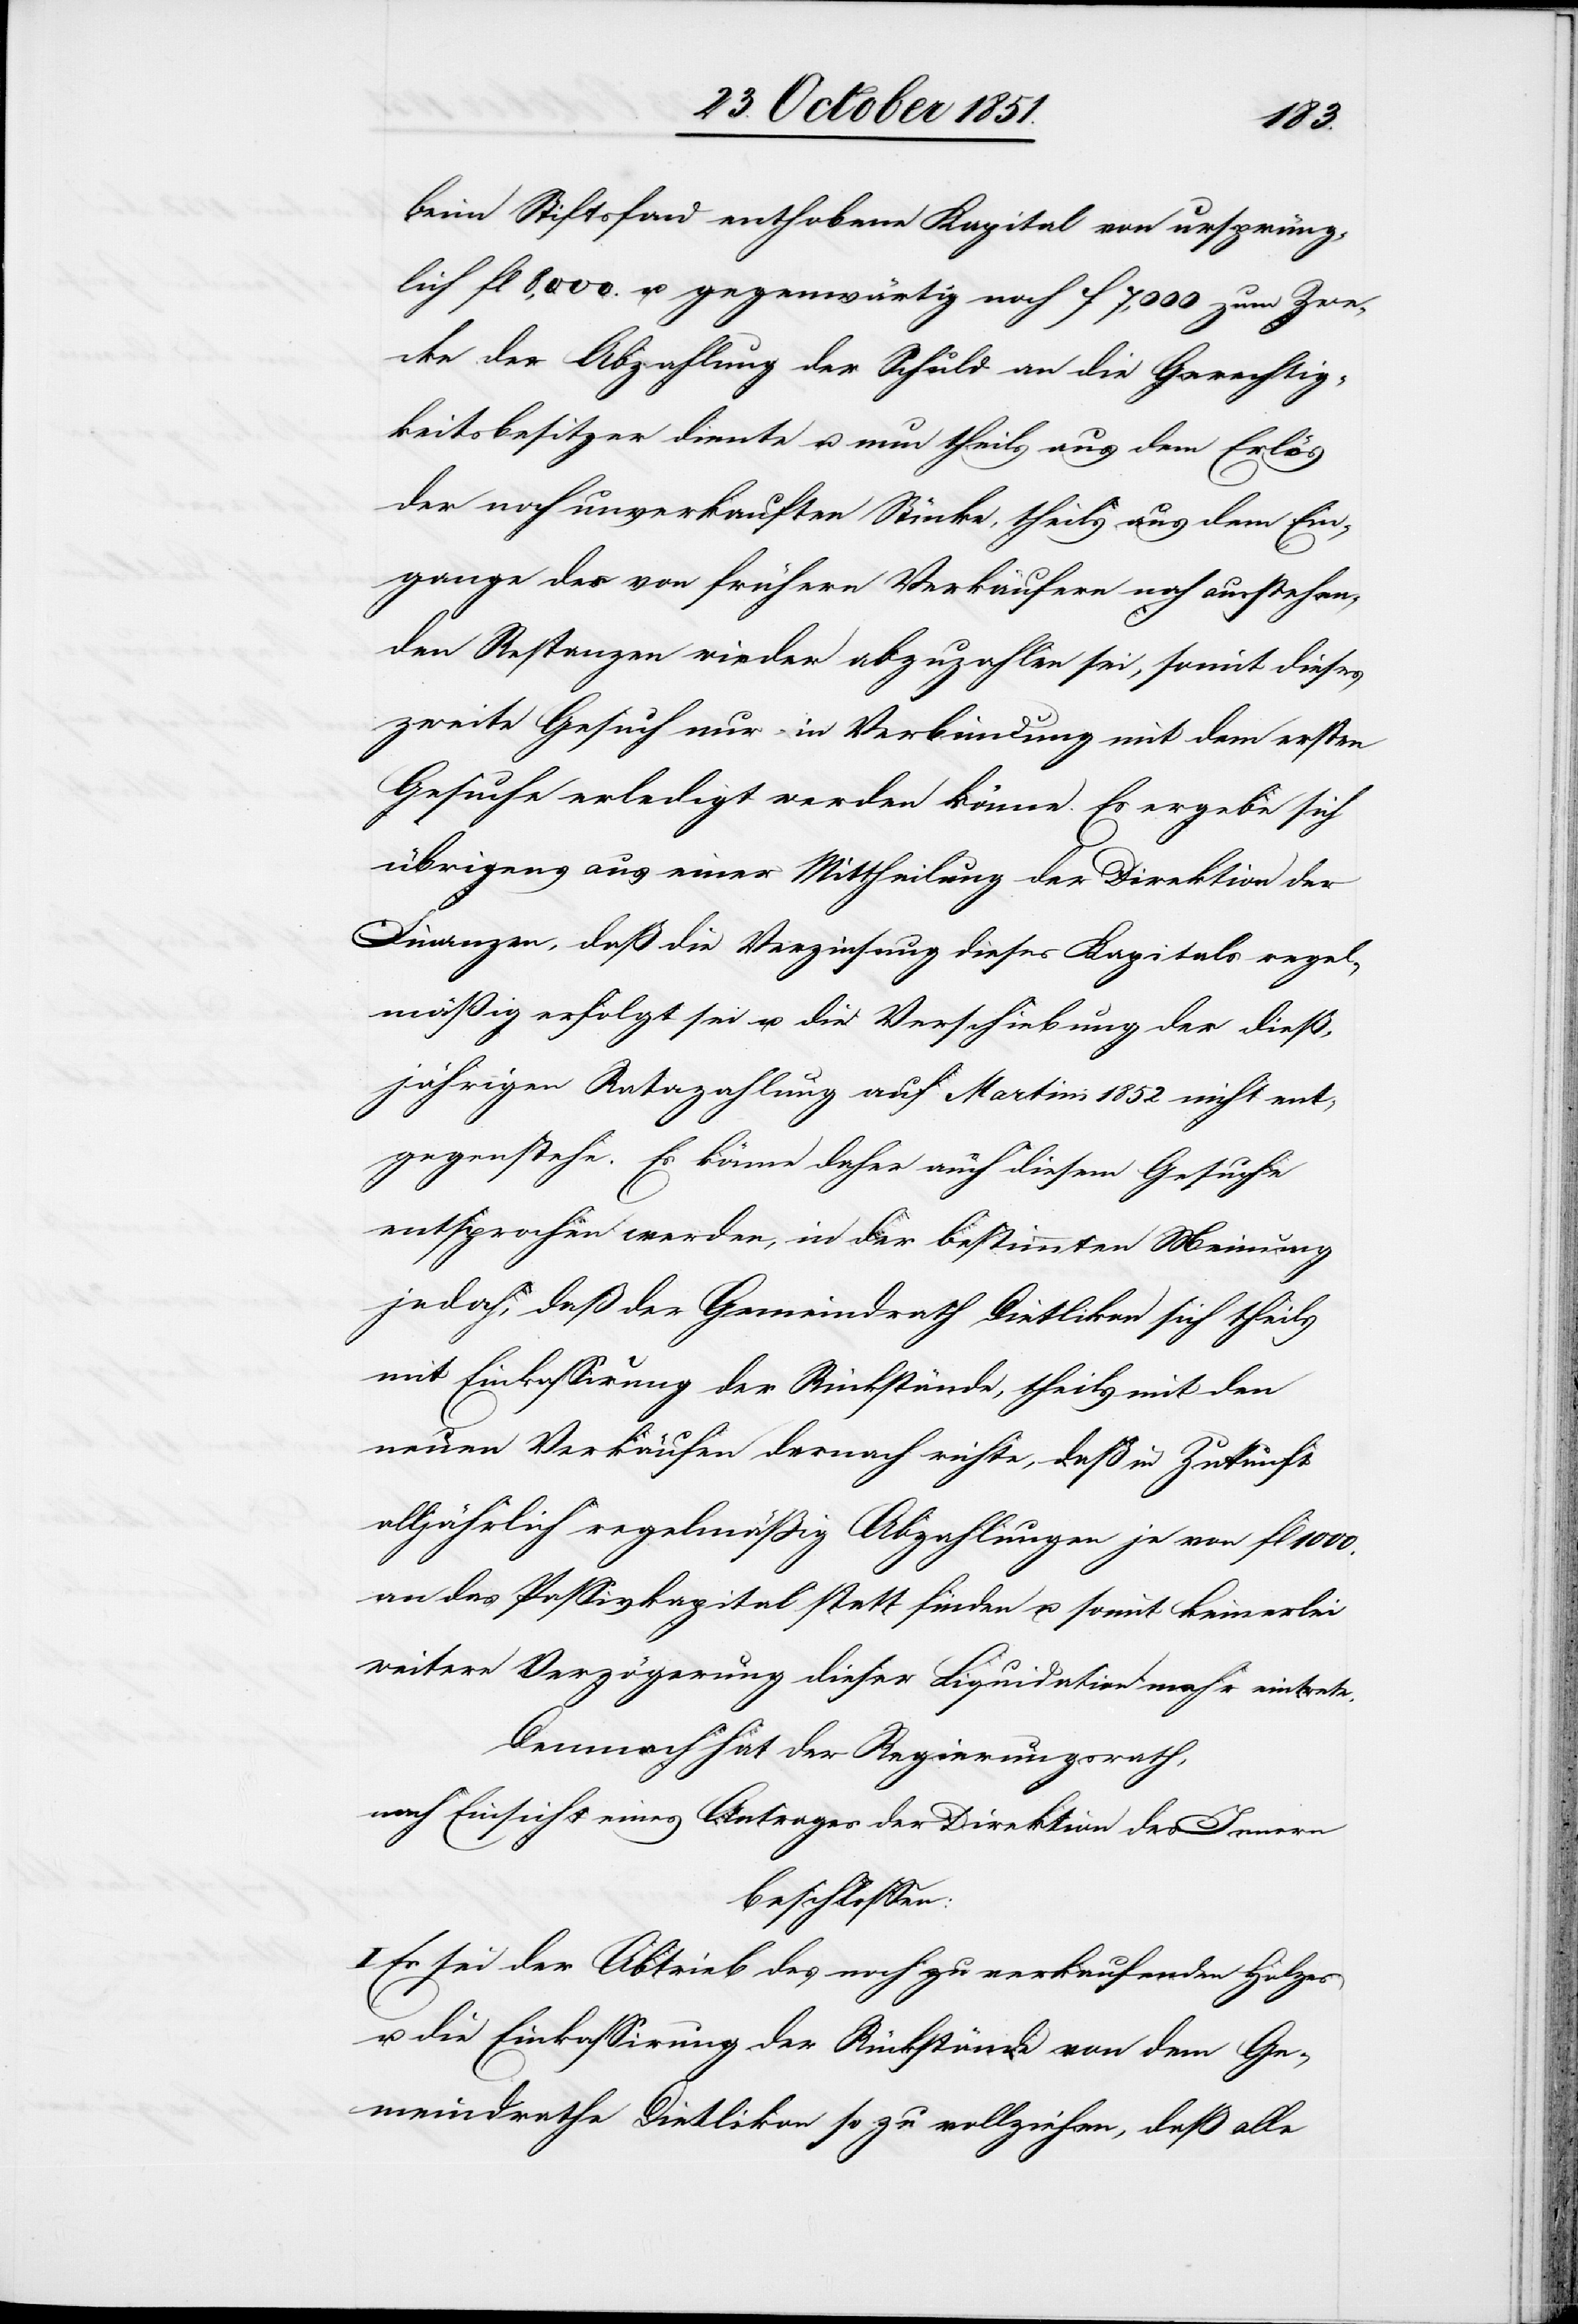
beim Stiftsfond enthobene Kapital von ursprüng¬
lich fl 8,000. u. gegenwärtig noch f 7,000 zum Zwe¬
cke der Abzahlung der Schuld an die Gerechtig¬
keitsbesitzer diente u. nun theils aus dem Erlös
der noch unverkauften Stücke, theils aus dem Ein¬
gange des von frühern Verkäufern noch ausstehen¬
den Restanzen wieder abzuzahlen sei, somit dieses
zweite Gesuch nur in Verbindung mit dem ersten
Gesuche erledigt werden könne. Es ergebe sich
übrigens aus einer Mittheilung der Direktion der
Finanzen, daß die Verzinsung dieses Kapitals regel¬
mäßig erfolgt sei u. die Verschiebung der dieß¬
jährigen Ratazahlung auf Martini 1852 nicht ent¬
gegenstehe. Es könne daher auch diesem Gesuche
entsprochen werden, in der bestimmten Meinung
jedoch, daß der Gemeindrath Dietlikon sich theils
mit Einkassirung der Rückstände, theils mit den
neuen Verkäufen dernach richte, daß in Zukunft
alljährlich regelmäßig Abzahlungen je von fl
an das Passivkapital statt finden u. somit keinerlei
weitere Verzögerung dieser Liquidation mehr eintrete.
Demnach hat der Regierungsrath,
nach Einsicht eines Antrages der Direktion des Innern
beschlossen:
Es sei der Abtrieb des noch zu verkaufenden Holzes
u. die Einkassirung der Rückstände von dem Ge¬
meindrathe Dietlikon so zu vollziehen, daß alle